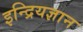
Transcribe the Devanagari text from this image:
इन्द्रियज्ञान